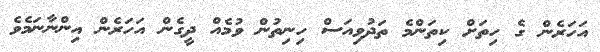
އަހަރެން ގެ ހިތަށް ކިތަންމެ ތަދުވިއަސް ހިނިތުން ވުމެއް ދީގެން އަހަރެން އިންނާނަމެވެ